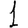
Digit: 1